Report on the bubonic plague in Bombay, 1896-1897
Year: 1896
Disease focus: Plague
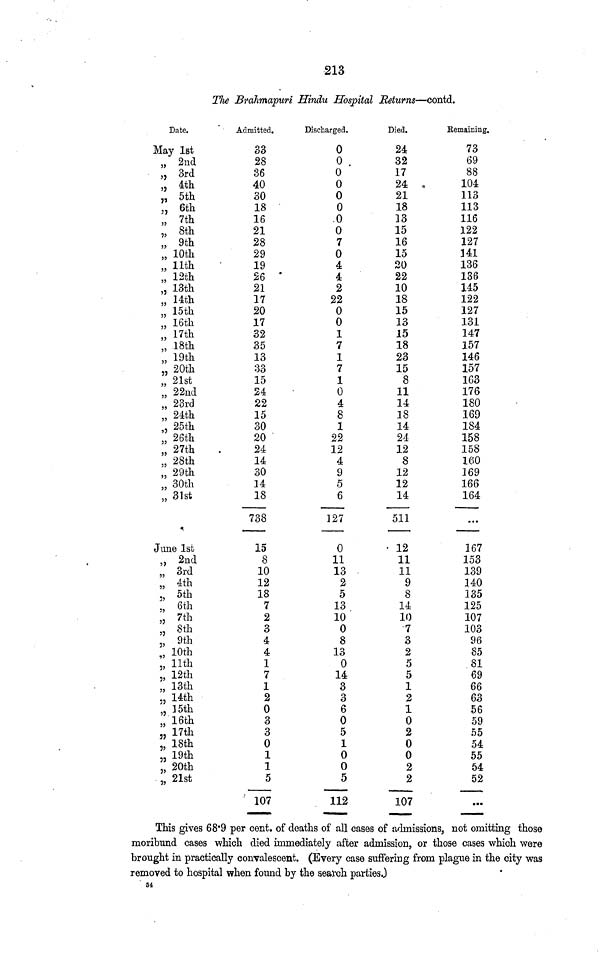
213
The Brahmapuri Hindu Hospital Returns—contd.
Date.
May 1st
„ 2nd
,, 3rd
,, 4th
,, 5th
„ 6th
;, 7th
,, 8th
,, 9th
,, 10th
,, 11th
,, 12th
,, 13th
» 14th
,, 15th
,, 16th
,, 17th
,, 18th
,, 19th
,, 20th
,, 21st
,, 22nd
,, 23rd
,, 24th
,, 25th
,, 26th
;, 27th
., 28th
,, 29th
,, 30th
,, 31st
June 1st
,, 2nd
,, 3rd
,, 4th
,, 5th
» 6th
,, 7th
,, 8th
,, 9th
,, 10th
,, 11th
,, 12th
,, 13th
,, 14th
,, 15th
,, 16th
,, 17th
,, 18th
,, 19th
,, 20th
,, 21st
Admitted.
33
28
36
40
30
18
16
21
28
29
19
26
21
17
20
17
32
35
13
33
15
24
22
15
30
20
24
14
30
14
18
738
15
8
10
12
18
7
2
3
4
4
1
7
1
2
0
3
3
0
1
1
5
107
Discharged.
0
0
0
0
0
0
0
0
7
0
4
4
2
22
0
0
1
7
1
7
1
0
4
8
1
22
12
4
9
5
6
127
0
11
13
2
5
13
10
0
8
13
0
14
3
3
6
0
5
1
0
0
5
112
Died.
24
32
17
24
21
18
13
15
16
15
20
22
10
18
15
13
15
18
23
15
8
11
14
18
14
24
12
8
12
12
14
511
12
11
11
9
8
14
10
7
3
2
5
5
1
2
1
0
2
0
0
2
2
107
Remaining.
73
69
88
104
113
113
116
122
127
141
136
136
145
122
127
131
147
157
146
157
163
176
180
169
184
158
158
160
169
166
164
167
153
139
140
135
125
107
103
96
85
81
69
66
63
56
59
55
54
55
54
52
...
This gives 68 . 9 per cent. of deaths of all cases of admissions, not omitting those
moribund cases which died immediately after admission, or those cases which were
brought in practically convalescent. (Every case suffering from plague in the city was
removed to hospital when found by the search parties.)
54